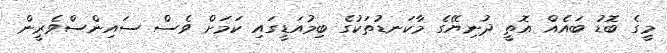
މީގެ ބޮޑު ބައެއް އޮތީ ދުނިޔޭގެ މާކަނޑުތަކުގެ ބިމުއަޑީގައި ކަމަށް ވެސް ސައިންސްވެރީން